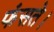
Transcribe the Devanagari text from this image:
फंसते।